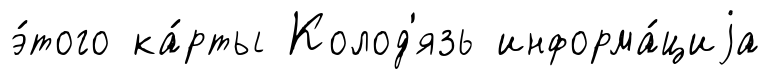
э́того ка́рты Колод'язь информа́циjа